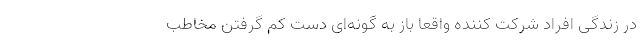
در زندگی افراد شرکت کننده واقعا باز به گونه‌ای دست کم گرفتن مخاطب